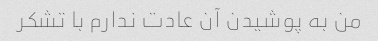
من به پوشیدن آن عادت ندارم با تشکر